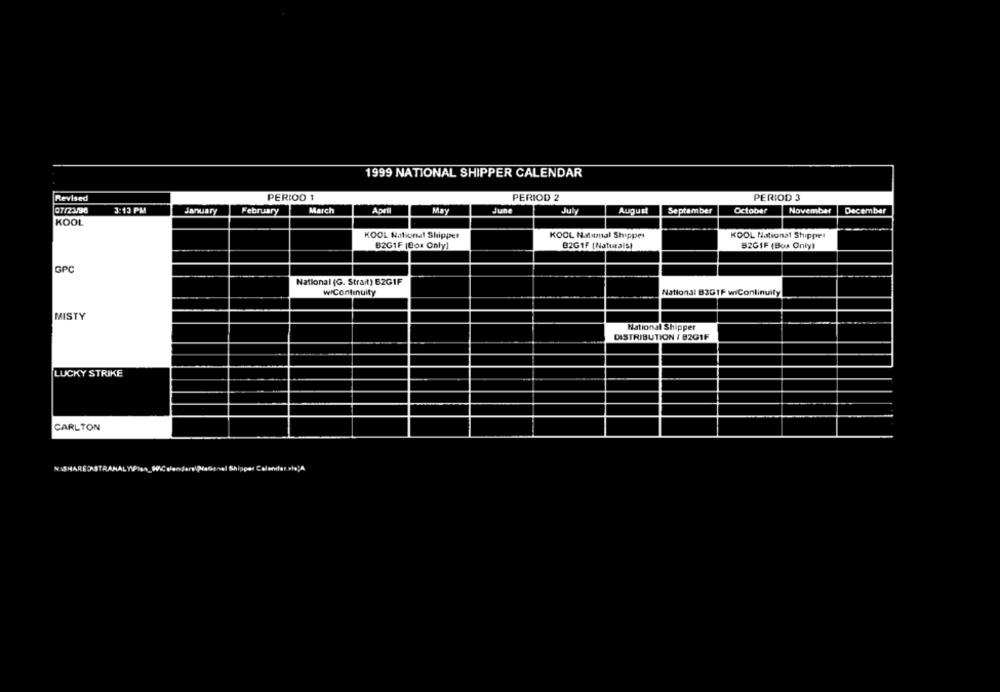
1999 NATIONAL SHIPPER CALENDAR
Revised
PERIOD 1
PERIOD 2
PERIOD 3
3:13 PM
07/23/90
Jarwiary
February
March
Aoell
May
June
July
August
September
October
November
December
KOOL
KOOL National Shipper
KOOL N.ninal Shipper
KOOL National Shipper
B2GIF (Box Only)
02G1F (Naturals)
BZGIF (Box Only!
GPC
National (G. Strait) 62GIF
WiContinuity
National B3GIF wiContinuity
MISTY
National Shipper
DISTRIBUTION / B2GIF
LUCKY STRIKE
CARLTON
ANALY
es WC sanders'Diasenel &